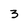
Character: 3